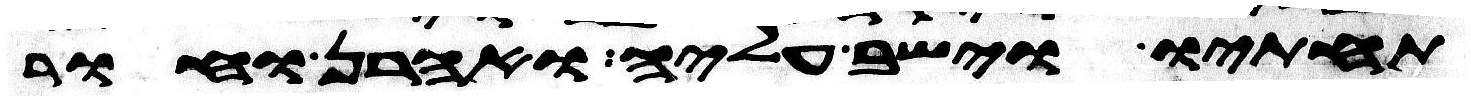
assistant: תחתיו וישב עליה ואהרן וחור